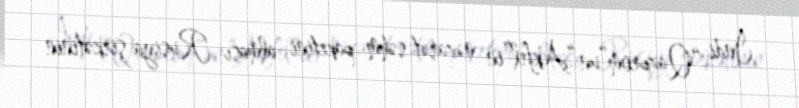
İndi “Qazprom”un “Akfel”in nəzarət səhm paketini alması Rusiya şirkətinin